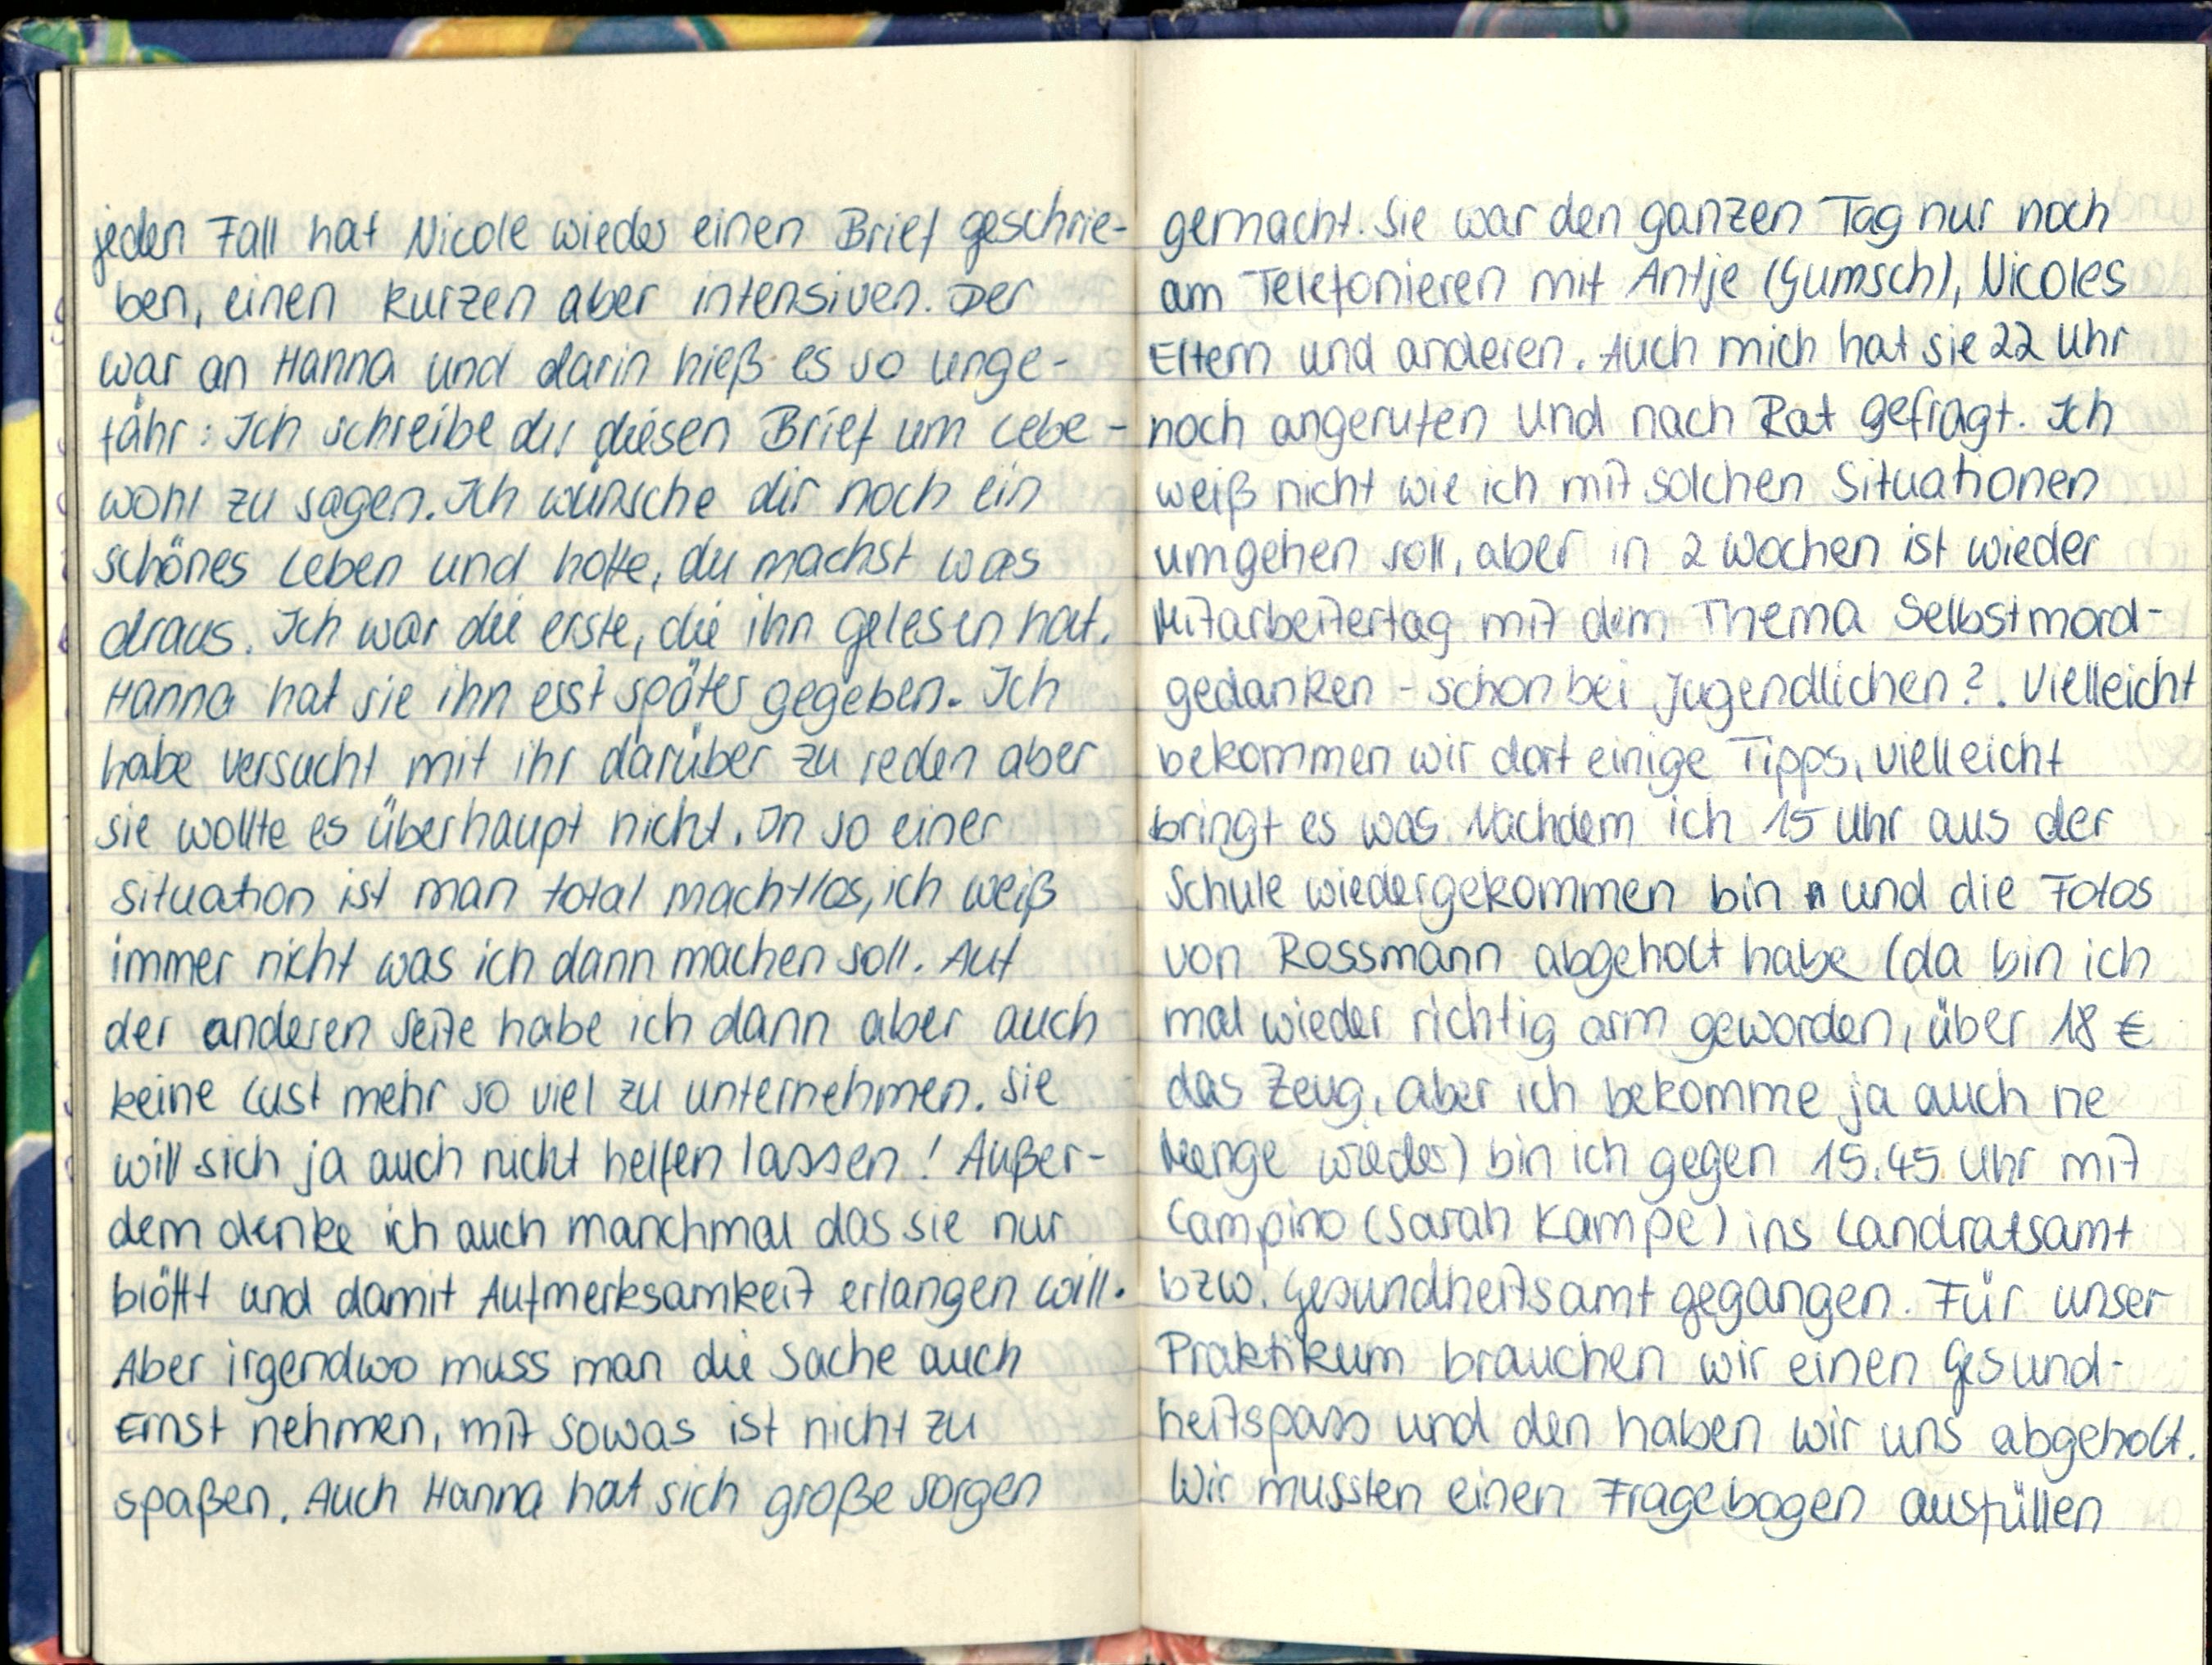
jeden Fall hat Nicole wieder einen Brief geschrie-
ben, einen kurzen aber intensiven. Der
war an Hanna und darin hieß es so unge-
fähr: Ich schreibe dir diesen Brief um Lebe-
wohl zu sagen. Ich wünsche dir noch ein
schönes Leben und hoffe, die machst was
draus. Ich war die erste, die ihn gelesen hat.
Hanna hat sie ihn erst später gegeben. Ich
habe versucht mit ihr darüber zu reden aber
sie wollte es überhaupt nicht. In so einer
Situation ist man total machtlos, ich weiß
immer nicht was ich dann machen soll. Auf
der anderen Seite habe ich dann aber auch
keine Lust mehr so viel zu unternehmen. Sie
will sich ja auch nicht helfen lassen! Außer-
dem denke ich auch manchmal das sie nur
blöfft und damit Aufmerksamkeit erlangen will.
Aber irgendwo muss man die Sache auch
Ernst nehmen, mit sowas ist nicht zu
spaßen. Auch Hanna hat sich große sorgen

gemacht. Sie war den ganzen Tag nur noch
am Telefonieren mit Antje (Gumsch), Nicoles
Eltern und anderen. Auch mich hat sie 22 Uhr
noch angerufen und nach Rat gefragt. Ich
weiß nicht wie ich mit solchen Situationen
umgehen soll, aber in 2 Wochen ist wieder
Mitarbeitertag mit dem Thema Selbstmord-
gedanken - schon bei Jugendlichen? Vielleicht
bekommen wir dort einige Tipps, vielleicht
bringt es was. Nachdem ich 15 Uhr aus der
Schule wiedergekommen bin und die Fotos
von Rossmann abgeholt habe (da bin ich
mal wieder richtig arm geworden, über 18€
das Zeug, aber ich bekomme ja auch ne
Menge wieder) bin ich gegen 15.45 Uhr mit
Campino (Sarah Kampe) ins Landratsamt
bzw. Gesundheitsamt gegangen. Für unser
Praktikum brauchen wir einen Gesund-
heitspass und den haben wir uns abgeholt.
Wir mussten einen Fragebogen ausfüllen